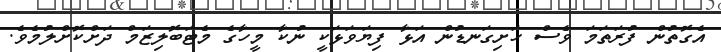
އެގޮތުން ފުރަތަމަ ވެސް ހަށިގަނޑުން އަޅާ ފިޔަވަޅަކީ ނުކާ މީހާގެ މެޓަބޮލިޒަމް ދަށްކޮށްލުމެވެ.